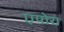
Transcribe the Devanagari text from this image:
एयोरा